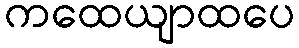
ကထေယျာထပေ